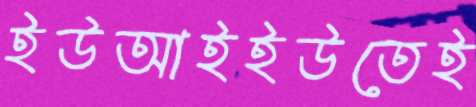
ইউআইইউতেই